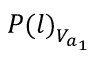
{ P ( l ) } _ { V _ { a _ { 1 } } }